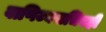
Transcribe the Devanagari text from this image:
वाणिज्यसचिवही